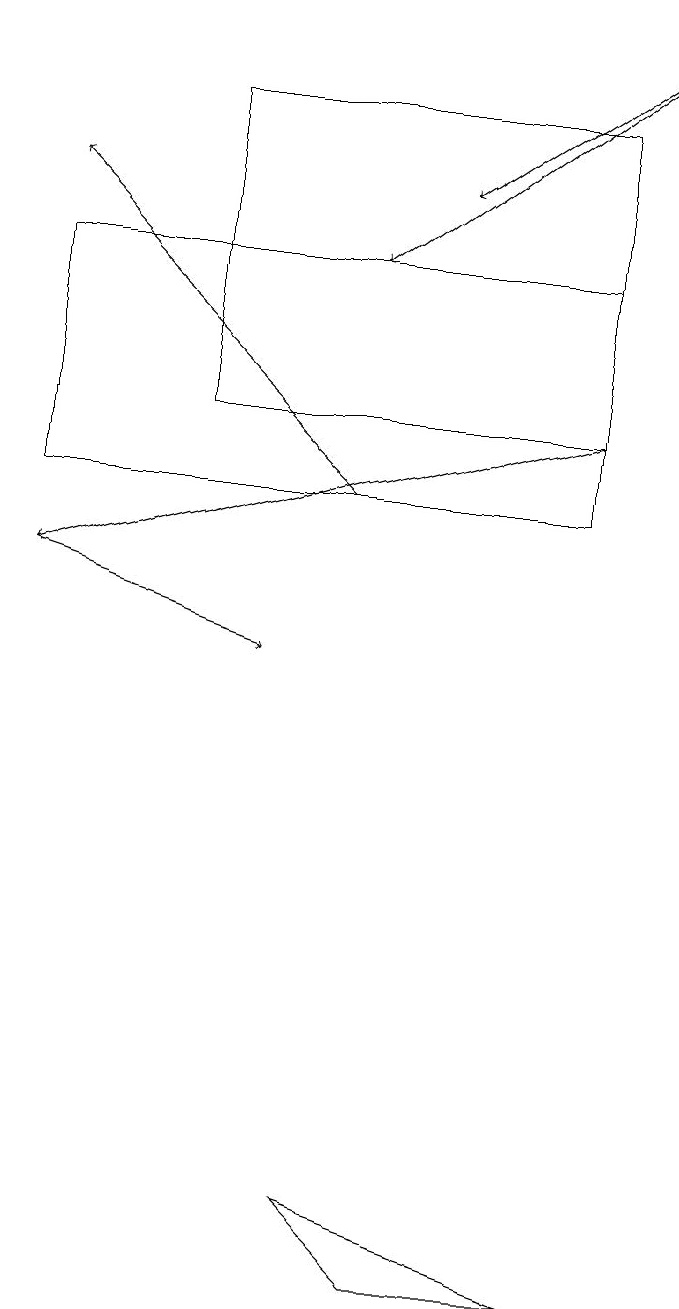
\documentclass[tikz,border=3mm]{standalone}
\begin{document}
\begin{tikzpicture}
\draw (1,15) rectangle (8,12);
\draw[->] (9,18) -- (6,16);
\draw (8,17) rectangle (3,13);
\draw[->] (5,12) -- (1,16);
\draw[->] (8,13) -- (1,11);
\draw (8,2) -- (5,3) -- (6,2) -- cycle;
\draw[->] (1,11) -- (4,10);
\draw[->] (9,18) -- (5,15);
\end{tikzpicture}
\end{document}